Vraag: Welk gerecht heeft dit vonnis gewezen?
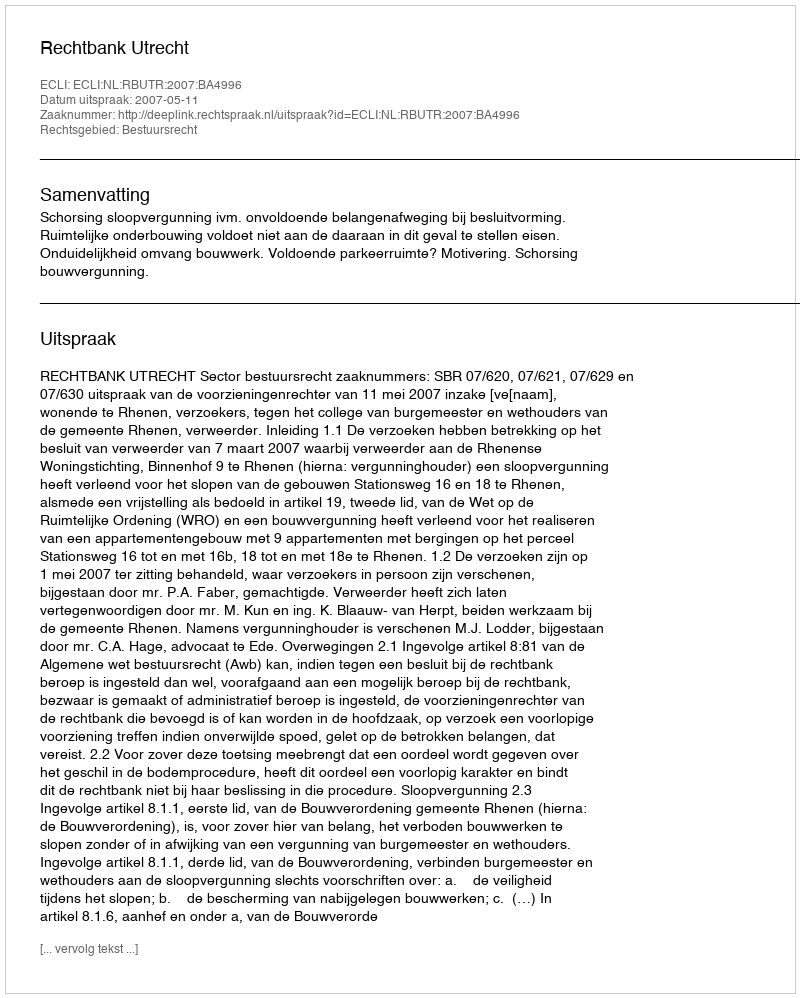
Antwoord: Rechtbank Utrecht